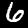
Label: 6